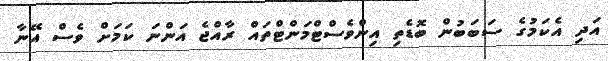
އަދި އެކަމުގެ ސަބަބުން ބޮޑެތި އިންވެސްޓްމަންޓްތައް ރާއްޖެ އަންނަ ކަމަށް ވެސް އޭނާ